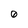
Character: 0